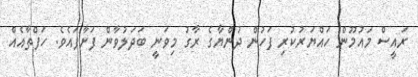
ރައީސް މައުމޫން ހައްޔަރުކުރި ފަހުން ދުންޔާގެ ރާގު މިވަނީ ބަދަލުވާން ފަށާފައެވެ. ހަފްތާއެއް